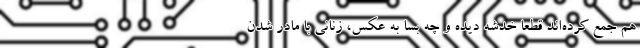
هم جمع کرده‌اند قطعا خدشه دیده و چه بسا به عکس، زنانی با مادر شدن